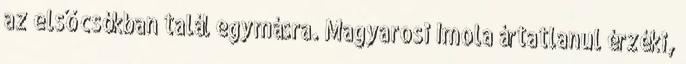
az első csókban talál egymásra. Magyarosi Imola ártatlanul érzéki,